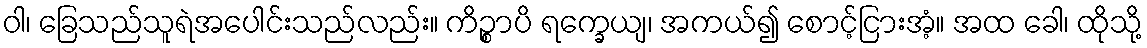
ဝါ၊ ခြေသည်သူရဲအပေါင်းသည်လည်း။ ကိဉ္စာပိ ရက္ခေယျ၊ အကယ်၍ စောင့်ငြားအံ့။ အထ ခေါ၊ ထိုသို့